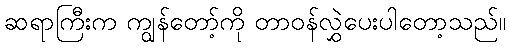
ဆရာကြီးက ကျွန်တော့်ကို တာဝန်လွှဲပေးပါတော့သည်။